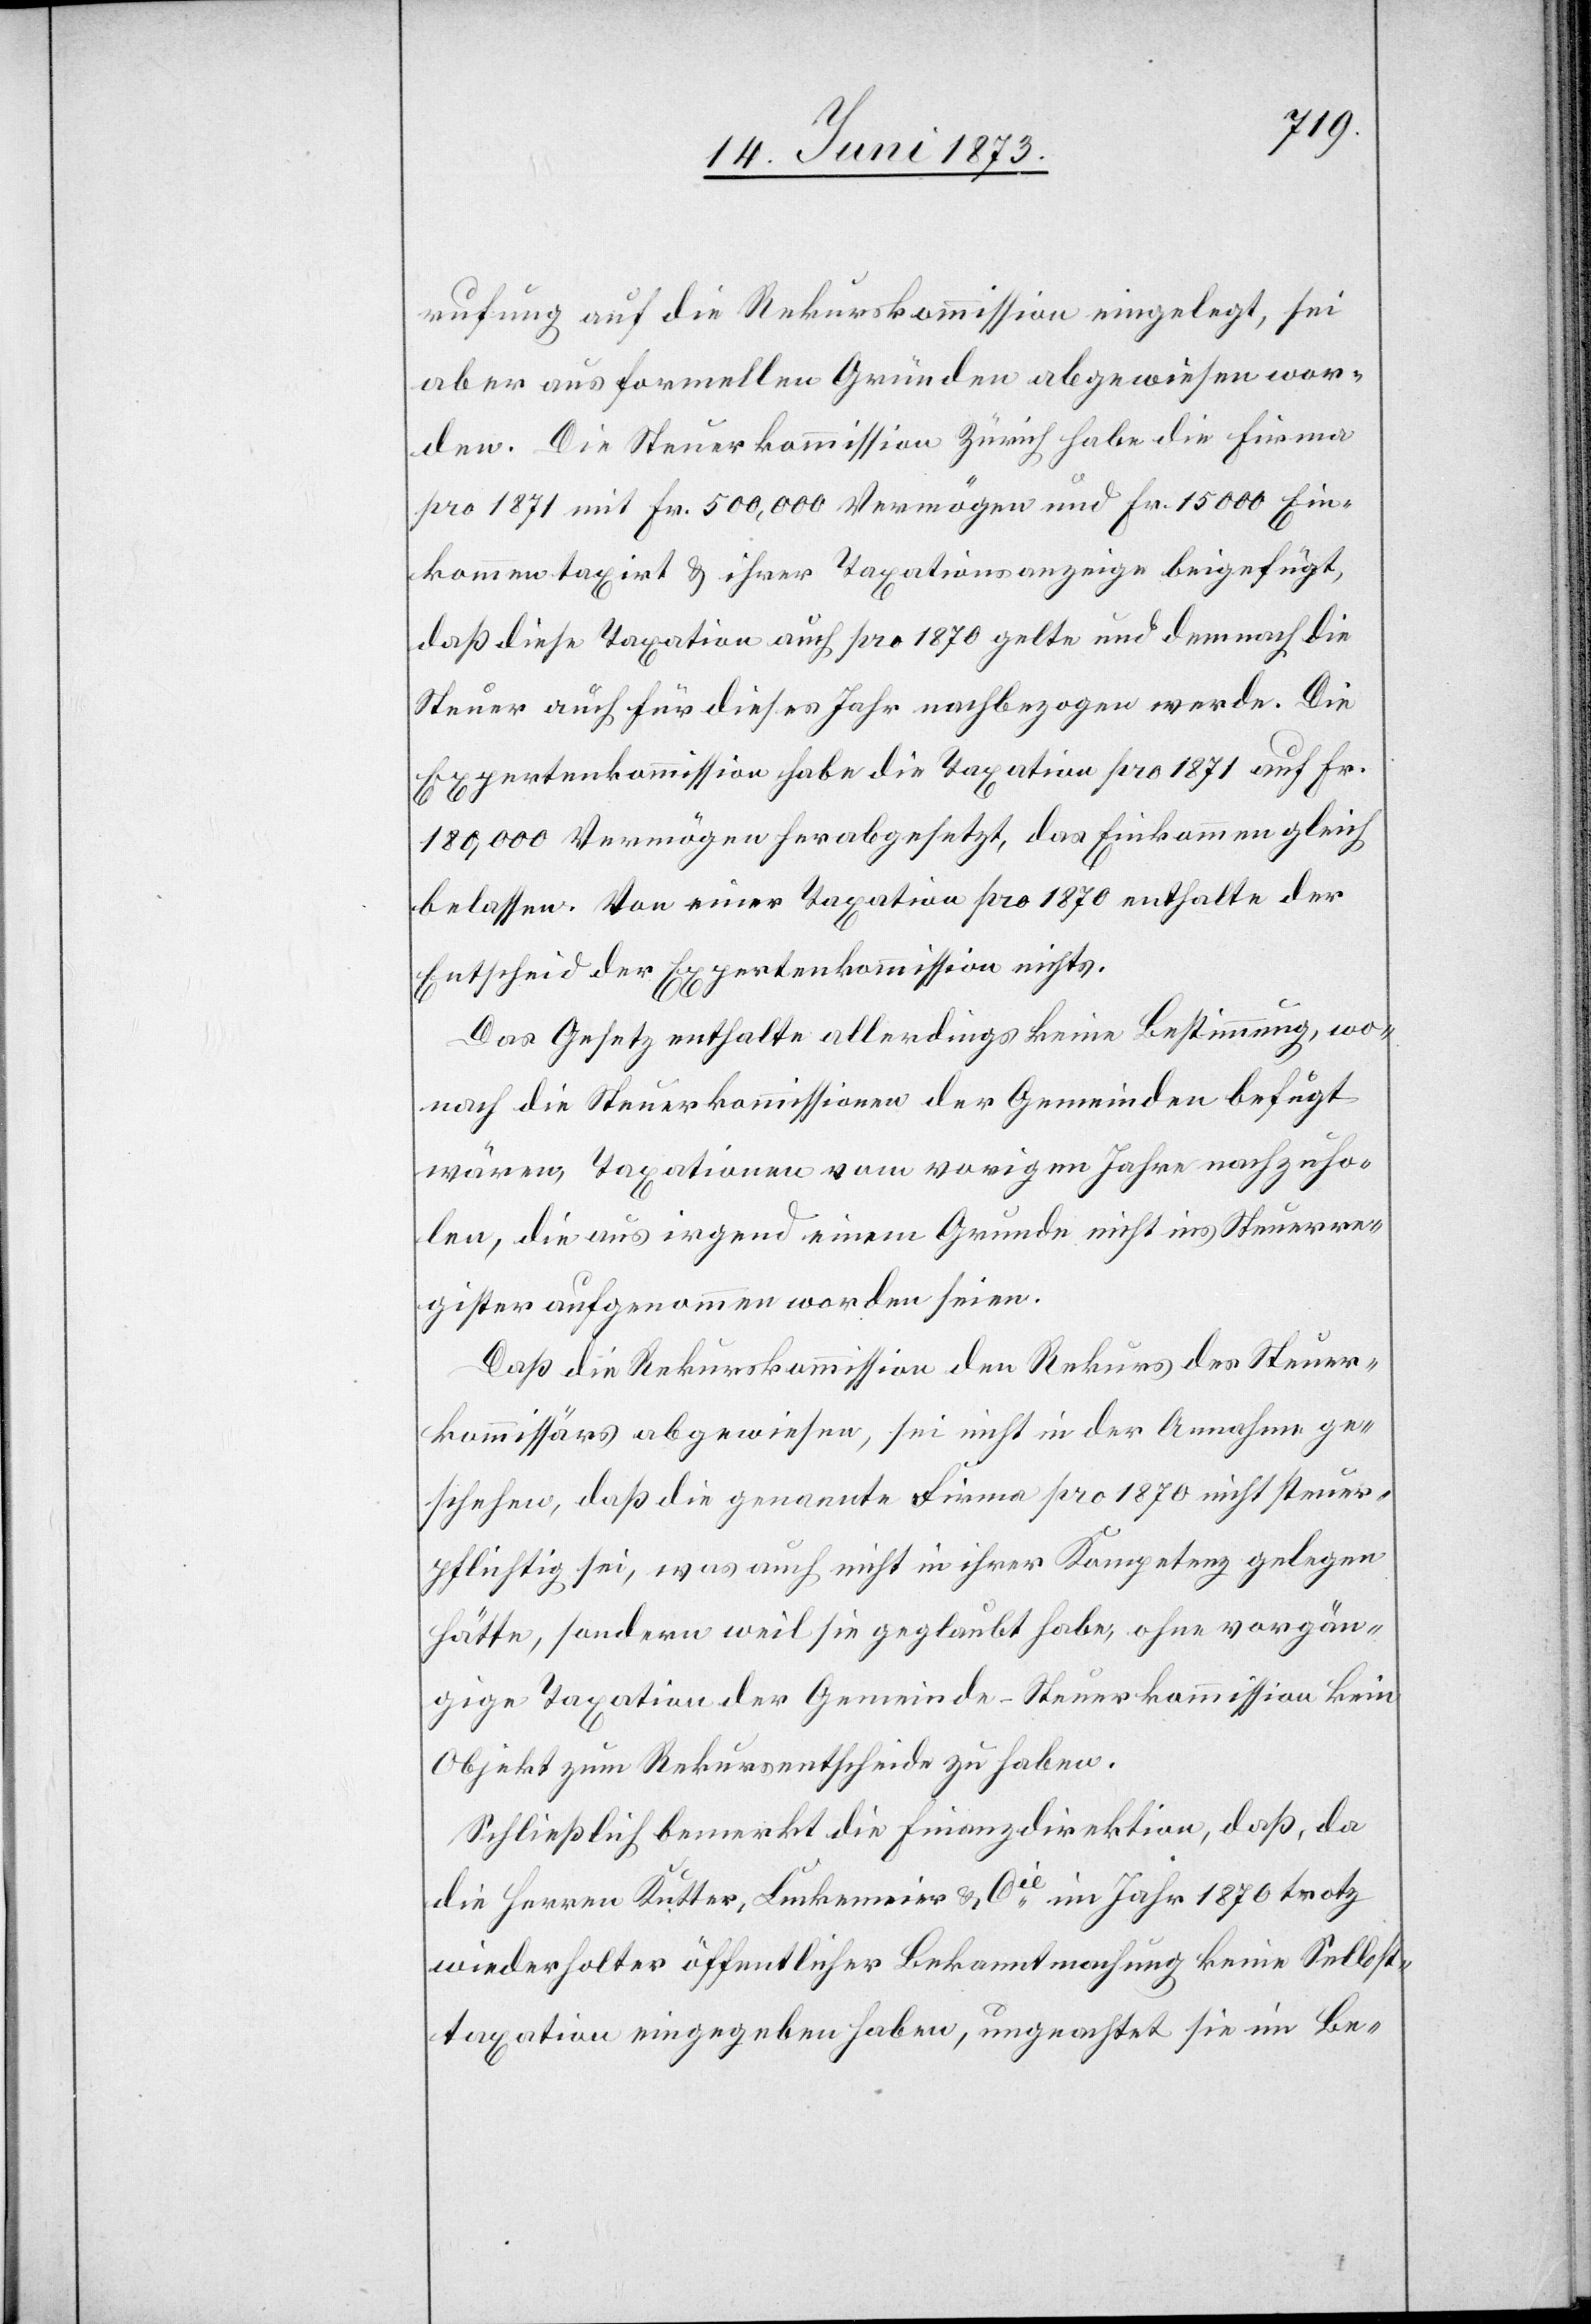
rufung auf die Rekurskommission eingelegt, sei
aber aus formellen Gründen abgewiesen wor¬
den. Die Steuerkommission Zürich habe die Firma
pro 1871 mit Fr. 500,000 Vermögen und Fr. 15 000 Ein¬
kommen taxirt & ihrer Taxationsanzeige beigefügt,
daß diese Taxation auch pro 1870 gelte und demnach die
Steuer auch für dieses Jahr nachbezogen werde. Die
Expertenkommission habe die Taxation pro 1871 auf Fr.
180,000 Vermögen herabgesetzt, das Einkommen gleich
belassen. Von einer Taxation pro 1870 enthalte der
Entscheid der Expertenkommission nichts.
Das Gesetz enthalte allerdings keine Bestimmung, wo¬
nach die Steuerkommissionen der Gemeinden befugt
wären, Taxationen vom vorigen Jahre nachzuho¬
len, die aus irgend einem Grunde nicht ins Steuerre¬
gister aufgenommen worden seien.
Daß die Rekurskommission den Rekurs des Steuer¬
kommissärs abgewiesen, sei nicht in der Annahme ge¬
schehen, daß die genannte Firma pro 1870 nicht steuer¬
pflichtig sei, was auch nicht in ihrer Kompetenz gelegen
hätte, sondern weil sie geglaubt habe, ohne vorgän¬
gige Taxation der Gemeinde-Steuerkommission kein
Objekt zum Rekursentscheide zu haben.
Schließlich bemerkt die Finanzdirektion, daß, da
die Herren Kutter, Luckemeier [sic!] & Cie im Jahr 1870 trotz
wiederholter öffentlicher Bekanntmachung keine Selbst¬
taxation eingegeben haben, ungeachtet sie im Be-